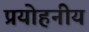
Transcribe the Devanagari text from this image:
प्रयोहनीय